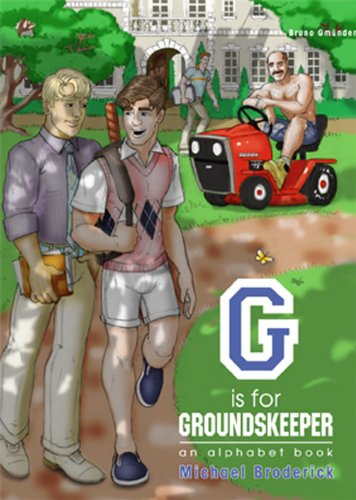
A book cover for G is for Groundskeeper; Comics & Graphic Novels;